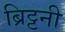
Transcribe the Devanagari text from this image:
ब्रिट्टनी